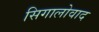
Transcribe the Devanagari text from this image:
सिगालोवाद